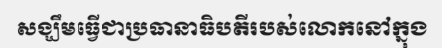
សង្ឃឹមធ្វើជាប្រធានាធិបតីរបស់លោកនៅក្នុង